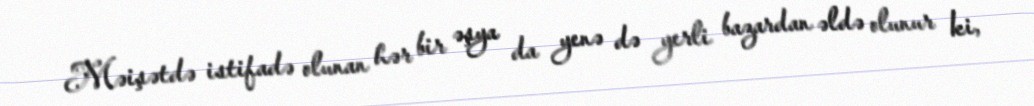
Məişətdə istifadə olunan hər bir əşya da yenə də yerli bazardan əldə olunur ki,